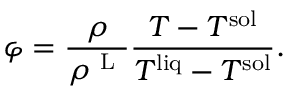
\varphi = \frac { \displaystyle \rho } { \displaystyle \rho ^ { \mathrm { ~ L ~ } } } \frac { \displaystyle T - T ^ { \mathrm { s o l } } } { \displaystyle T ^ { \mathrm { l i q } } - T ^ { \mathrm { s o l } } } .